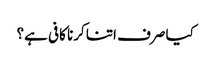
کیا صرف اتنا کرنا کافی ہے؟